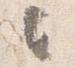
々